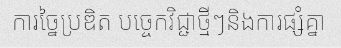
ការច្នៃប្រឌិត បច្ចេកវិជ្ជាថ្មីៗនិងការផ្សំគ្នា